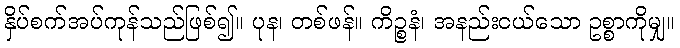
နှိပ်စက်အပ်ကုန်သည်ဖြစ်၍။ ပုန၊ တစ်ဖန်။ ကိဉ္စနံ၊ အနည်းငယ်သော ဥစ္စာကိုမျှ။